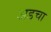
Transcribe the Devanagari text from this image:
अडचा